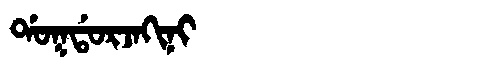
Manchu: ᡩᠣᡴᡩᠣᡵᠵᠠᡴᡳᠨᡳ
Romanization: DOKDORJAKINI